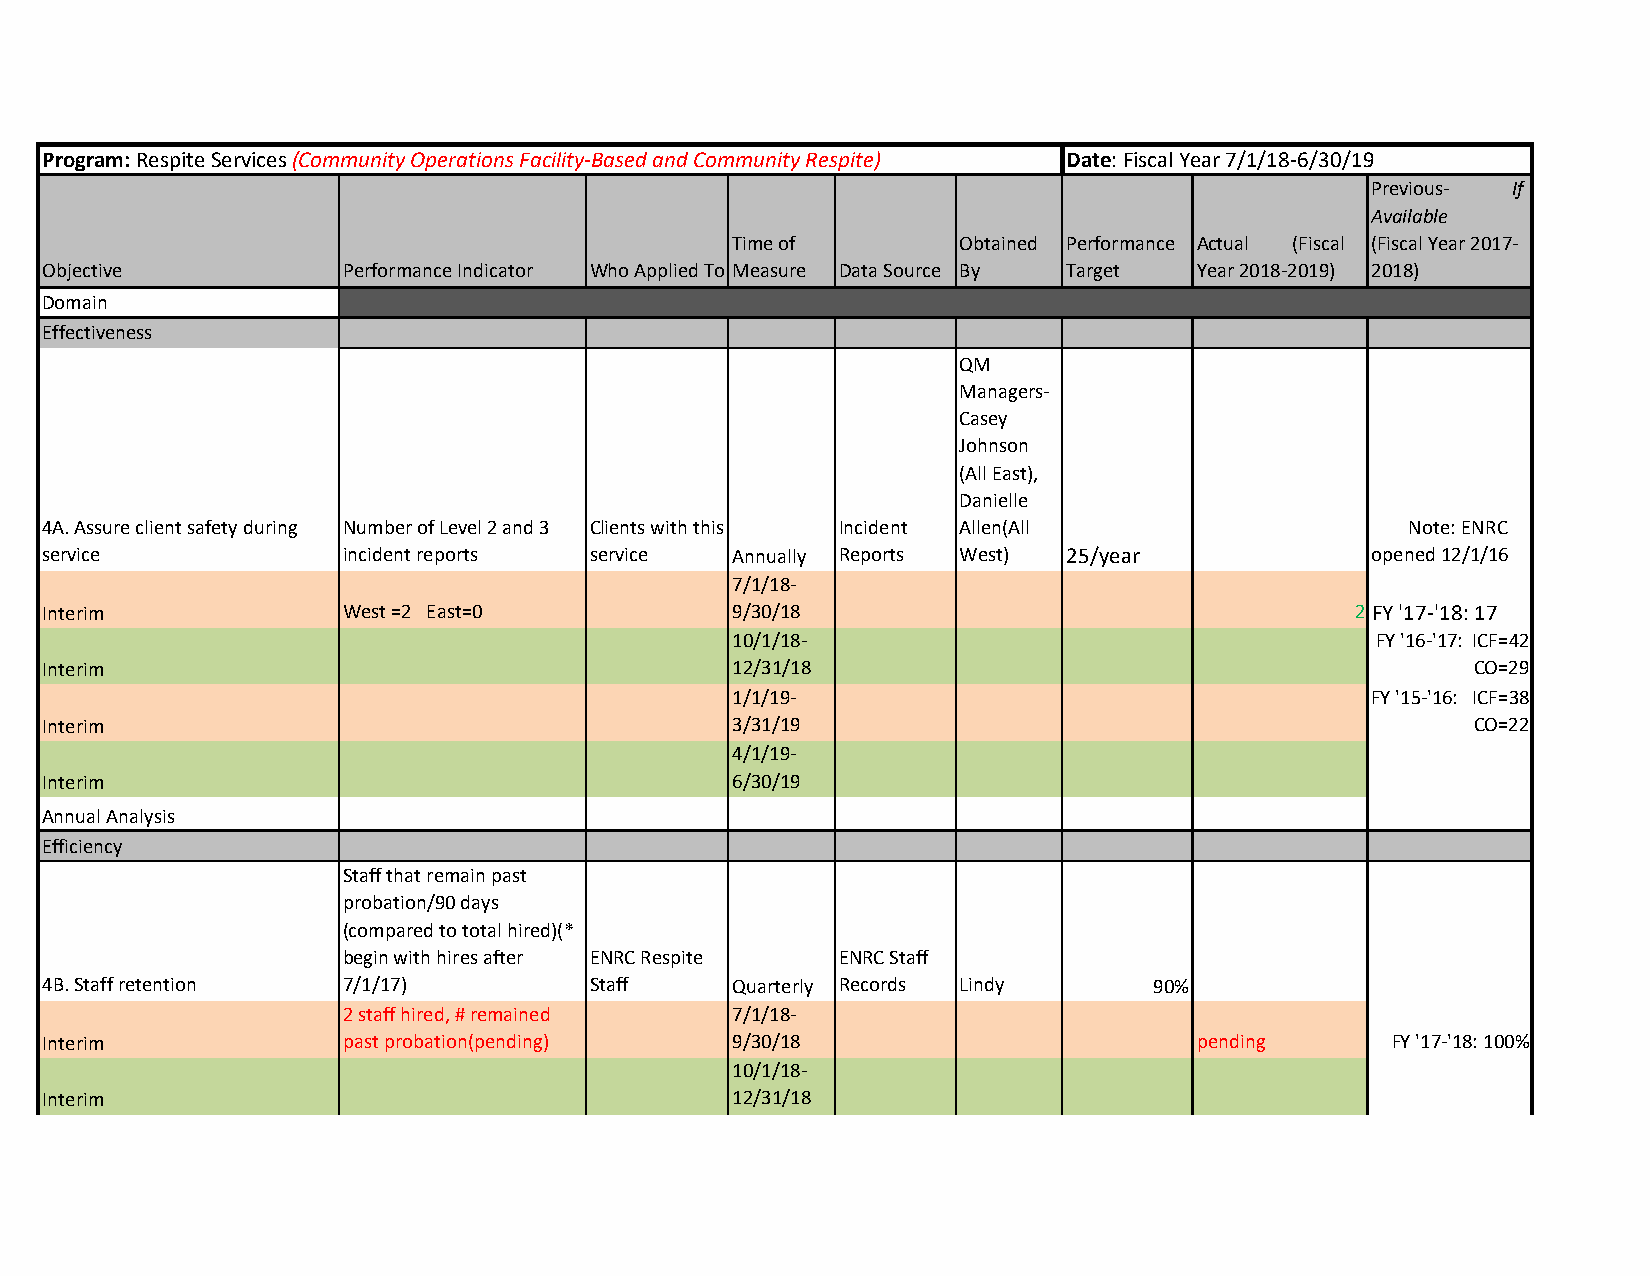
Program: Respite Services (Community Operations Facility-Based and Community Respite) Date: Fiscal Year 7/1/18-6/30/19
 Previous- If
 Available
 Time of        Obtained Performance Actual (Fiscal (Fiscal Year 2017-
 Objective           Performance Indicator Who Applied To Measure Data Source By Target Year 2018-2019) 2018)
 Domain
 Effectiveness
 QM
 Managers-
 Casey
 Johnson
 (All East),
 Danielle
 4A. Assure client safety during Number of Level 2 and 3 Clients with this Incident Allen(All Note: ENRC
 service             incident reports service  Annually Reports West) 25/year            opened 12/1/16
 7/1/18-
 Interim             West =2 East=0            9/30/18                                  2 FY '17-'18: 17
 10/1/18-                                  FY '16-'17: ICF=42
 Interim                                       12/31/18                                         CO=29
 1/1/19-                                   FY '15-'16: ICF=38
 Interim                                       3/31/19                                          CO=22
 4/1/19-
 Interim                                       6/30/19
 Annual Analysis
 Efficiency
 Staff that remain past
 probation/90 days
 (compared to total hired)(*
 begin with hires after ENRC Respite ENRC Staff
 4B. Staff retention 7/1/17)         Staff     Quarterly Records Lindy     90%
 2 staff hired, # remained 7/1/18-
 Interim             past probation(pending)   9/30/18                       pending      FY '17-'18: 100%
 10/1/18-
 Interim                                       12/31/18